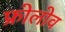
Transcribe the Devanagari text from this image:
फ्रोलोव